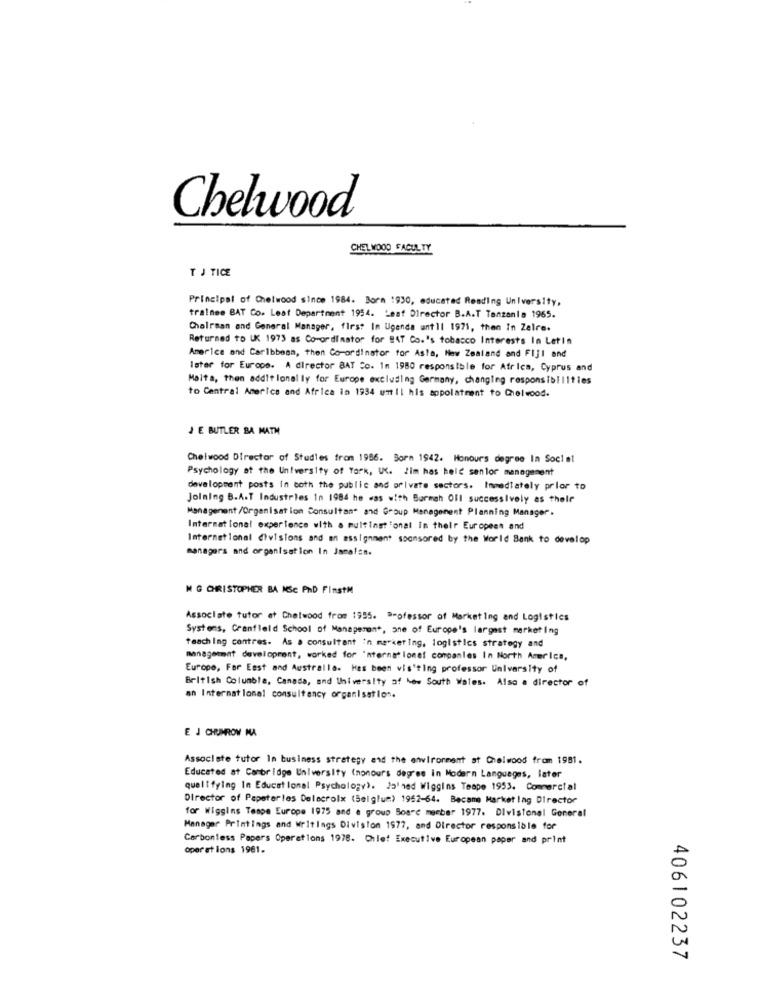
Chelwood
CHEL WOOD FACULTY
T J TICE
Principal of Chelwood since 1984. Born 1930, educated Reading University,
trainee BAT Co. Leat Department 1954. Leaf Director B.A.T Tanzania 1965.
Chairman and General Manager, first In Uganda until 1971, then In Zalre.
Returned to UK 1973 as Co-ordinator for #47 Co.'s tobacco Interests In Letin
America and Caribbean, then Co-ordinator for Asta, New Zealand and FIJI and
later for Europe. A director BAT Co. Im 1980 responsible for Africa, Cyprus and
Malta, then additional ly for Europe excluding Germany, changing responsibilities
to Central America and Africa in 1934 umtil his appolatment to Chelwood.
JE BUTLER BA MATH
Chelwood Director of Studies from 1986. Born 1942. Honours degree In Social
Psychology at the University of York, UK. Jim has held senior management
development posts In both the public and private sectors. Immediately prior to
Joining B.A.T Industries In 1984 he was with Barmah Oll successively as thelf
Management /Organisation Consultant and Group Management Planning Manager.
International experience with a multinational In their European and
International divisions and an assignment sponsored by the World Bank to develop
managers and organisation In Jamalss.
M G CHRISTOPHER BA MSC PHD FinstM
Associate tutor at Chelwood from 1955. Professor of Marketing and Logistics
Systems, Cranfield School of Management, she of Europe's largest marketing
teaching contres. As a consultant in marker Ing, logistics strategy and
managemmat development, worked for 'nternational companies In North America,
Europe, For East and Australla. Has been visiting professor University of
British Columbia, Canada, and University of New South Wales. Also a director of
an International consultancy organisation.
E J CHUMROW NA
Associate tutor In business strategy and the environment at Chelwood from 1981.
Educated at Cambridge University (nonours degree in Modern Languages, later
qualifying In Educational Psychology). Ja ned Wiggins Teape 1953. Commercial
Director of Papeterles Delacroix (Belgium) 1952-64. Became Marketing Director
for Wiggins Tempe Europe 1975 and a group Board member 1977. Divistonel General
Manager Printings and Writings Division 1977, and Director responsible for
Carbonless Papers Operations 1978. Chief Executive European paper and print
oper et lons 1961.
406102237